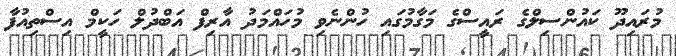
މުރައިދޫ ކައުންސިލްގެ ރައީސްގެ މަގާމުގައި ހުންނެވި މުހައްމަދު އާރިފް އަބްދުލް ހަކީމް އިސްތިއުފާ